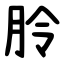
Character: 朎